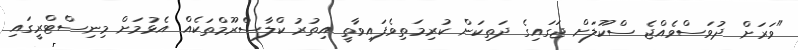
"ވަރަށް ދުވަސްވެއްޖެ ސްކޫލަށް ޖަގައިގެ ދަތިކަން ކުރިމަތިވެފައިވާތީ އިތުރު ކްލާސްރޫމްތަކެއް އެޅުމަށް މިނިސްޓްރީގައި